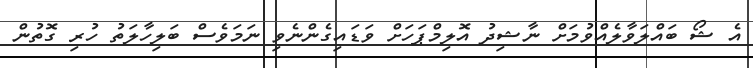
އެ ޝޯ ބައްލަވާލެއްވުމަށް ނާޝިދު އޮލިމްޕަހަށް ވަޑައިގެންނެވި ނަމަވެސް ބަލިހާލަތު ހުރި ގޮތުން